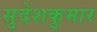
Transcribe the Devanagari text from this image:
सुदेशकुमार